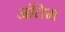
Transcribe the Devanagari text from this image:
अंतिम